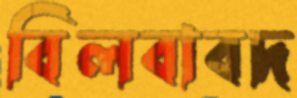
বিলবাবদ